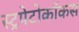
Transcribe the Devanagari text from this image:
स्ट्रपेटोकॉकस